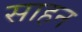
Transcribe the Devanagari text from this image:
साहन